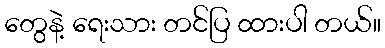
တွေနဲ့ ရေးသား တင်ပြ ထားပါ တယ်။